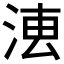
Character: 𣶣